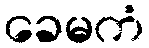
ခေမကံ